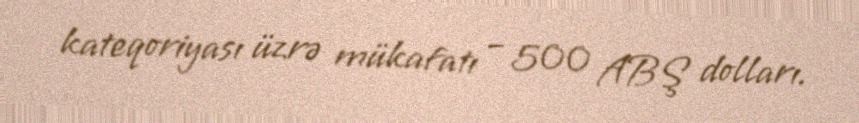
kateqoriyası üzrə mükafatı – 500 ABŞ dolları.